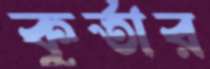
কুর্তার